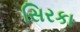
સિરકા